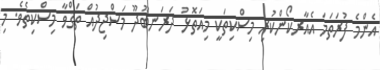
އެންމެ ފުރަތަމަ އެއާރކޯންކުރި މިސްކިތަކީ މިއަތޮޅު ދަރަނބޫދޫ މަސްޖިދުއް ތަޤްވާ މިސްކިތެވެ. މި